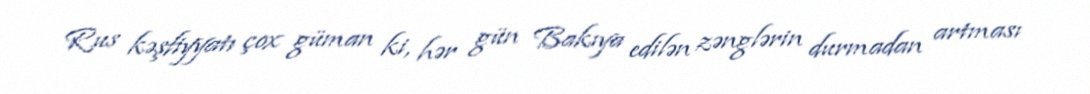
Rus kəşfiyyatı çox güman ki, hər gün Bakıya edilən zənglərin durmadan artması